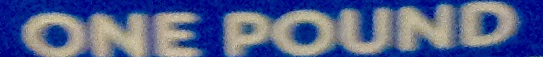
ONE POUND